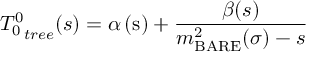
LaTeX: { T _ { 0 } ^ { 0 } } _ { t r e e } ( s ) = \alpha \left( \mathrm { s } \right) + \frac { \beta ( s ) } { { m _ { \mathrm { B A R E } } ^ { 2 } ( \sigma ) } - s }